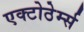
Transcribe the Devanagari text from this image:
एक्टोठेर्म्स